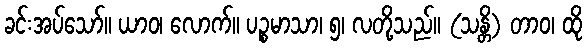
ခင်းအပ်သော်။ ယာဝ၊ လောက်။ ပဉ္စမာသာ၊ ၅၊ လတို့သည်။ (သန္တိ) တာဝ၊ ထို